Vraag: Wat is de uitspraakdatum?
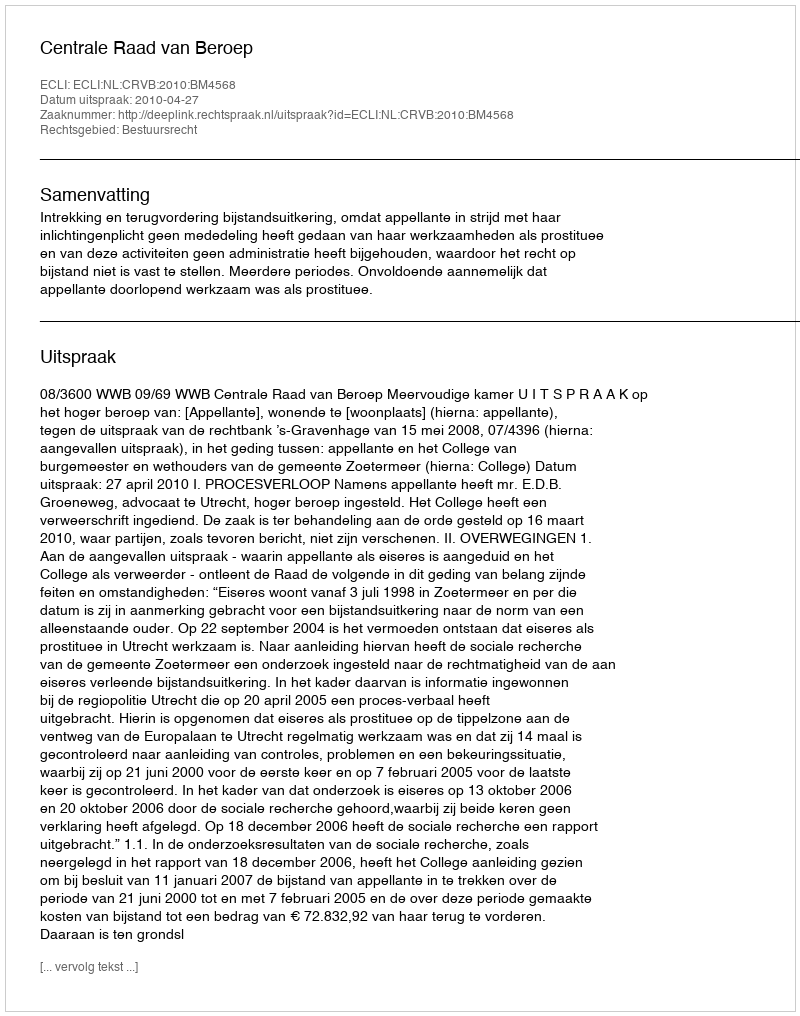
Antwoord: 2010-04-27